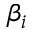
\beta _ { i }